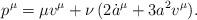
LaTeX: \begin{align*}p^{\mu}=\mu v^\mu+\nu\,(2{\dot a}^\mu+3a^2 v^\mu). \end{align*}